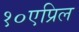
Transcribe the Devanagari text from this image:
१०एप्रिल